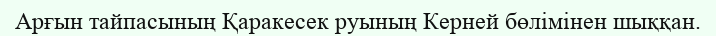
Арғын тайпасының Қаракесек руының Керней бөлімінен шыққан.